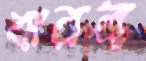
ঝরব